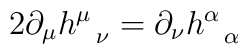
2\partial_{\mu}h^{\mu}_{\;\;\;\nu}=\partial_{\nu}h^{\alpha}_{\;\;\;\alpha}